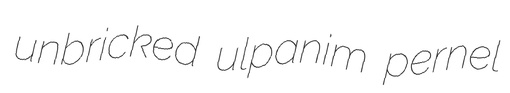
unbricked ulpanim pernel